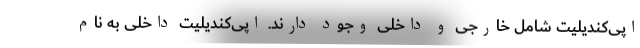
اپی‌کندیلیت شامل خارجی و داخلی وجود دارند. اپی‌کندیلیت داخلی به نام